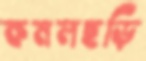
কমলছড়ি